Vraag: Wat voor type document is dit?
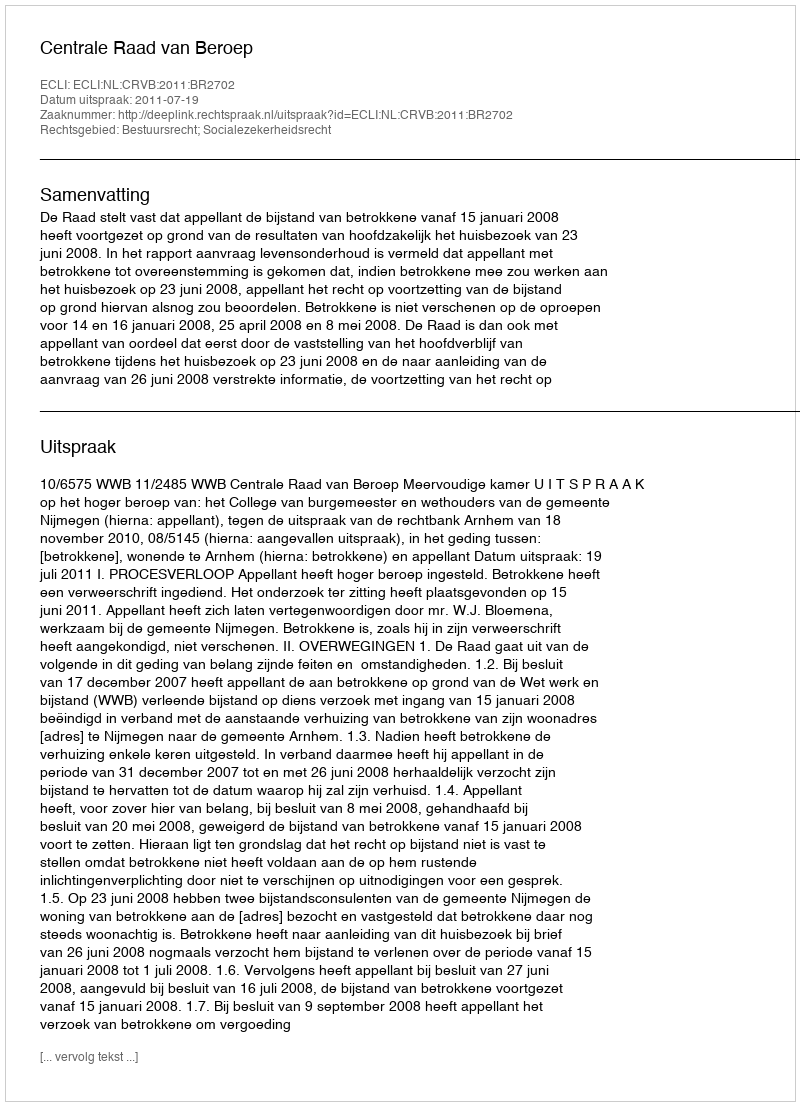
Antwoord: Uitspraak